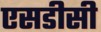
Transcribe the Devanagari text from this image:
एसडीसी